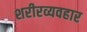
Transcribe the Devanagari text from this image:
शरीरव्यवहार